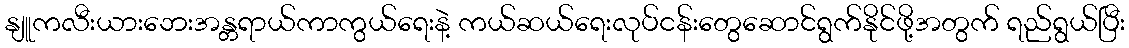
နျူကလီးယားဘေးအန္တရာယ်ကာကွယ်ရေးနဲ့ ကယ်ဆယ်ရေးလုပ်ငန်းတွေဆောင်ရွက်နိုင်ဖို့အတွက် ရည်ရွယ်ပြီး